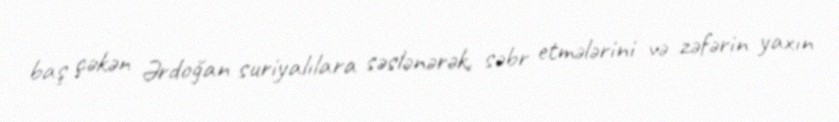
baş çəkən Ərdoğan suriyalılara səslənərək, səbr etmələrini və zəfərin yaxın